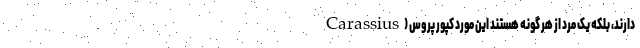
دارند، بلکه یک مرد از هر گونه هستند این مورد کپور پروس (Carassius